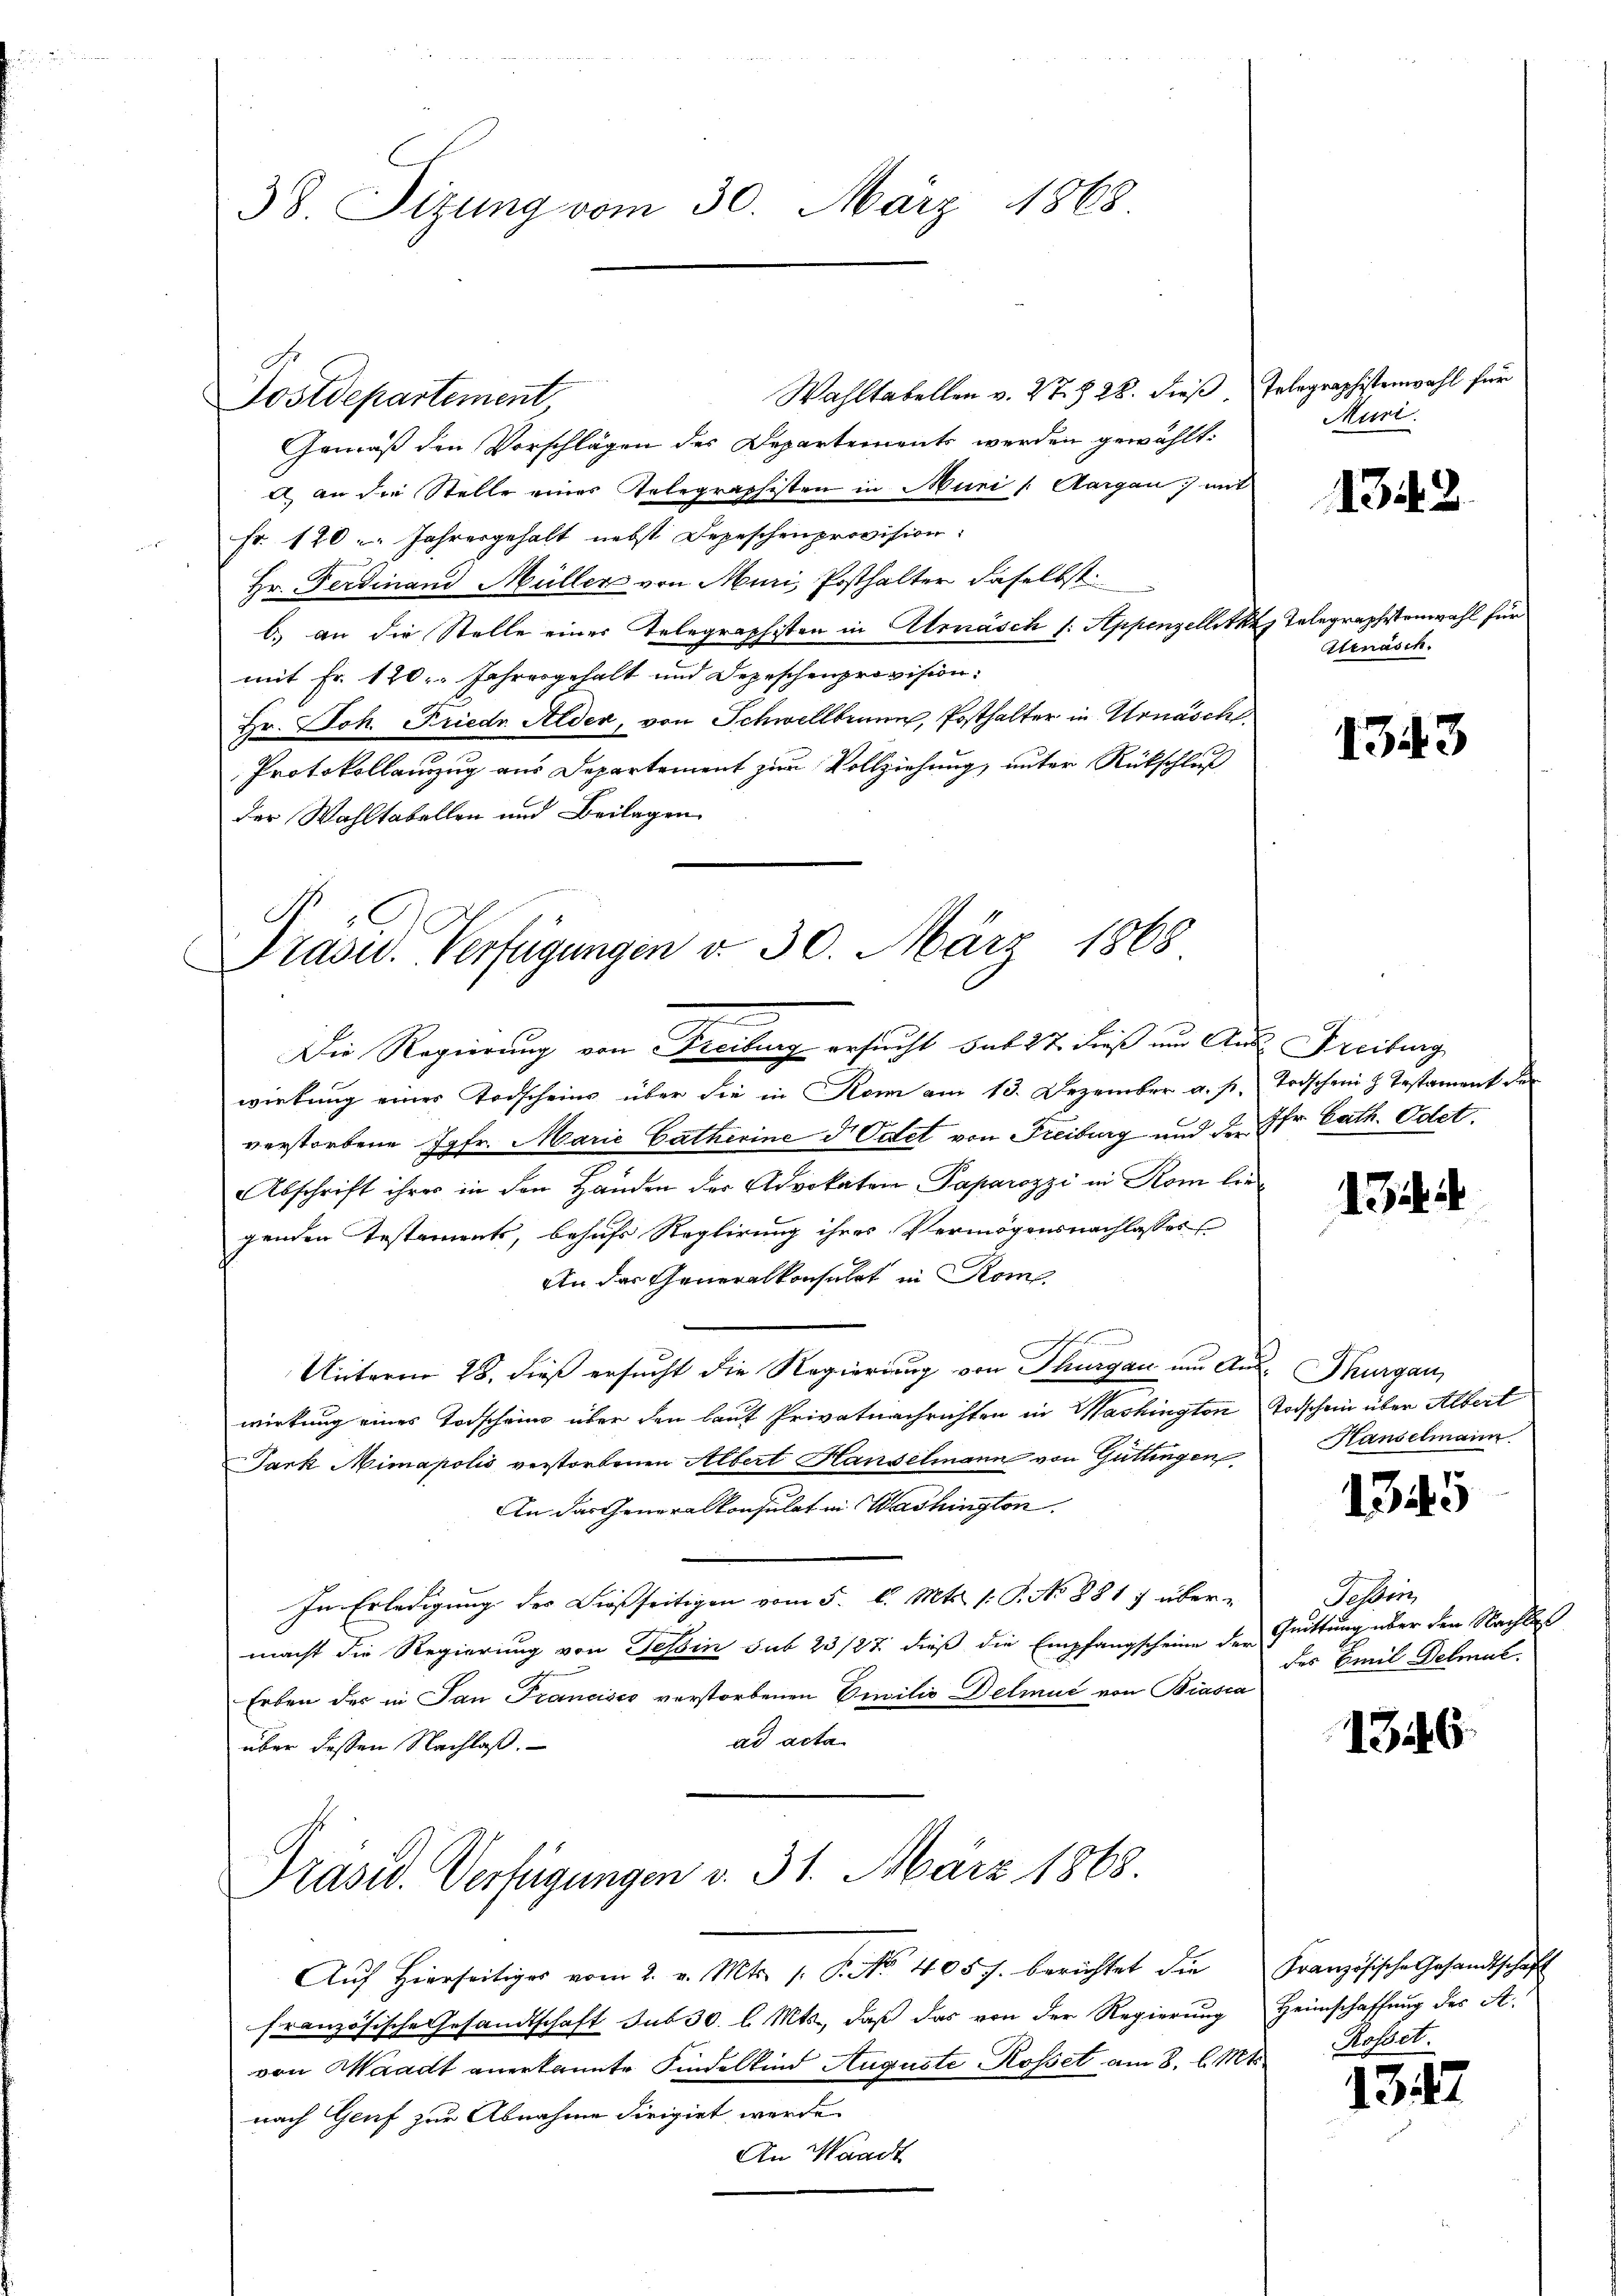
38. Sizung vom 30. März 1868

Wahltabellen v. 27. § 28. dieß
Gemäß den Vorschlägen des Departements werden gewählt:
A an die Stelle eines Telegraphisten in Muri / Aargau, mit
Fr. 170 Jahresgehalt nebst Depeschenprovision:
Hr. Ferdinand Müller von Muri, Posthalter daselbst
b. an die Stelle einer Telegraphisten in Alrnäsch f. Appenzellitk
mit Fr. 120. Jahresgehalt und Depeschenprovision.
Hr. Joh. Friedr. Alder, von Schwellbrunn, Posthalter in Urnäsch
Protokollanzug aus Departement zur Vollziehung, unter Rückschluß
der Wahltabellen und Beilagen
Die Regierung von Freiburg ersucht sub 27. dieß um Anwirkung einer Todscheins über die in Kann am 13. Dezember a. p.
verstorbene Jgfr. Marie Catherine d Odet von Freiburg und der Pfr. Cath. Odet.
Abschrift ihres in den Händen der Advokaten Paparozzi in Rom lie
genden Testaments, behufs Reglirung ihres Vermögensnachlasses
An das Generalkonsulat in Rom.
Unterm 28. dieß ersucht die Regierung von Thurgau um An
wirkung eines Todscheins über den laut Privatnachrichten in Washington
Jark Mimapolis verstorbenen Albert Hanselmann von Güttingen
An das Generalkonsulat in Washington
In Erledigung des Dießseitigen vom 5. d. Mts. (: P. No 881 & über-
macht die Regierung von Tessin sub 23/27. dieß die Empfangscheine der
Erben der in Jan Francisco verstorbenen Emilie Delmut von Biasca
ad acta
über dessen Nachlaß.
Präsid. Verfügungen d. 31. März 1868.
Auf Hierseitiges vom 2. v. Mts. 1. No 405 f. berichtet die
französische Gesandtschaft sub 30 l. Mts., daß das von der Regierung
von Waadt anerkannte Kindelkind Auguste Rosset am 8. l. Mts.
nach Genf zur Abnahme dirigirt werde
An Waadt

Postdepartement

Prasid. Verfügungen v. 30. März 1868

Telegraphistenwahl für
Muri

1342.

Relegraphistenwahl für
Arnasch.

1343

Freiburg
Trischen z. Testament der

1344

Thurgau,
Todschein über Albert
Hanselmann

1345

Fehleri
Grittung über den Nachlas
des Emil Detmal.

1346

Französische Gesandtschaft
Heimschaffung des A.
Rosset.

1347